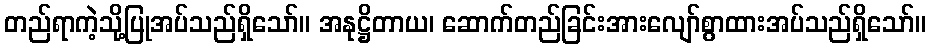
တည်ရာကဲ့သို့ပြုအပ်သည်ရှိသော်။ အနုဋ္ဌိတာယ၊ ဆောက်တည်ခြင်းအားလျော်စွာထားအပ်သည်ရှိသော်။